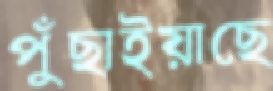
পুঁছাইয়াছে